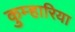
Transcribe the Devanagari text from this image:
कुम्हारिया